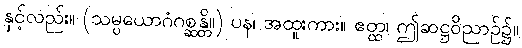
နှင့်လည်း။ (သမ္ပယောဂံဂစ္ဆန္တိ။) ပန၊ အထူးကား။ ဧတ္ထ၊ ဤဆဋ္ဌဝိညာဉ်၌။